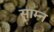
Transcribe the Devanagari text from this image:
साम्न